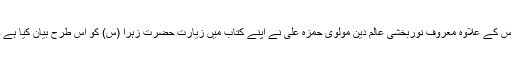
اس کے علاوہ معروف نوربخشی عالم دین مولوی حمزہ علی نے اپنے کتاب میں زیارت حضرت زہرا (س) کو اس طرح بیان کیا ہے ۔